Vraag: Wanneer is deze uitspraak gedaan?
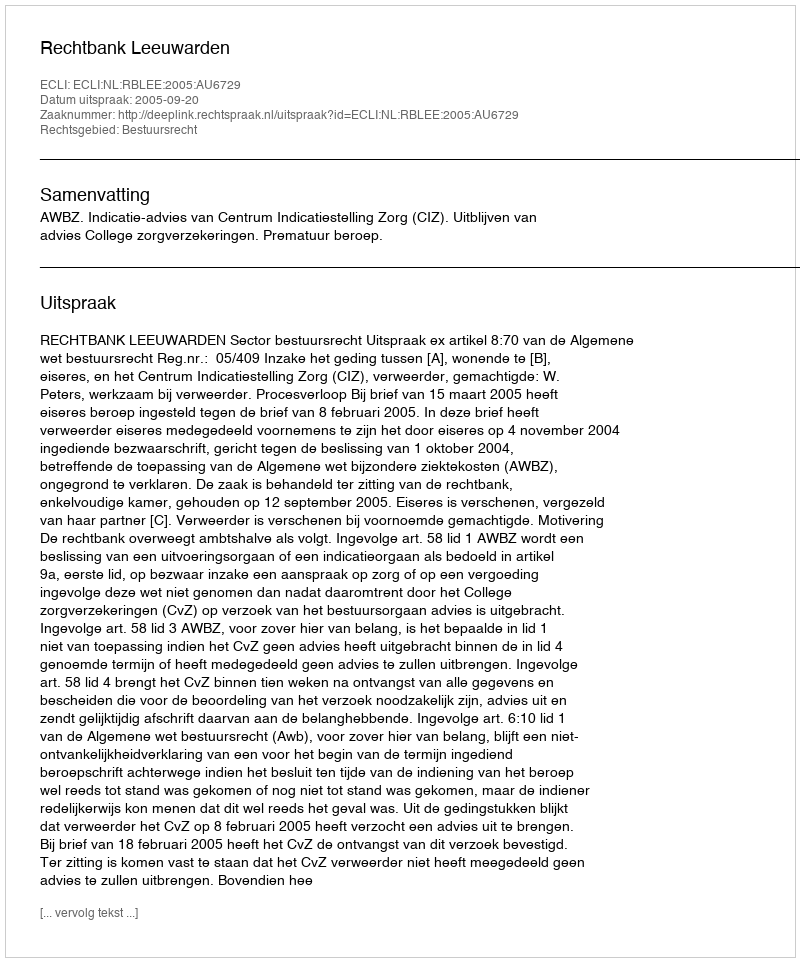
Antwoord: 2005-09-20